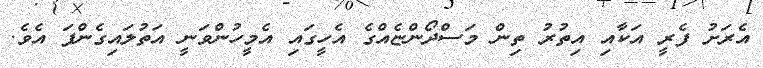
އެރަށު ފެރީ އަކާއި އިތުރު ތިން މަސްދޯންޏެއްގެ އެހީގައި އެމީހުންވަނީ އަތުލައިގެންފަ އެވެ.